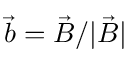
\vec { b } = \vec { B } / | \vec { B } |